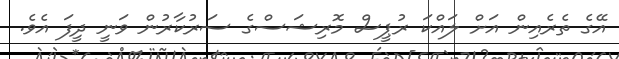
އޭގެ ތެރެއިން އަށް ލައްކަ ރުޕީސް މޮރިޝަސްގެ ސަރުކާރުން ވަނީ ދީފަ އެވެ.